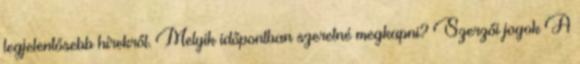
legjelentősebb hírekről. Melyik időpontban szeretné megkapni? Szerzői jogok A